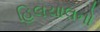
હિલચાલનો